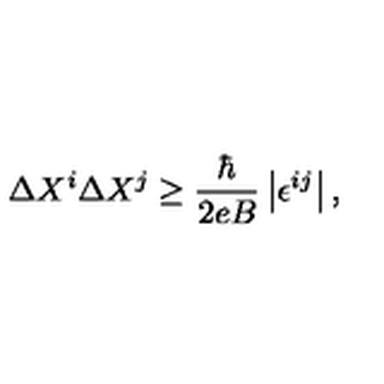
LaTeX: \Delta X ^ { i } \Delta X ^ { j } \geq \frac { \hbar } { 2 e B } \left| \epsilon ^ { i j } \right| ,